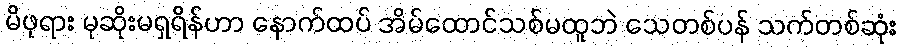
မိဖုရား မုဆိုးမရှရိန်ဟာ နောက်ထပ် အိမ်ထောင်သစ်မထူဘဲ သေတစ်ပန် သက်တစ်ဆုံး